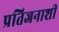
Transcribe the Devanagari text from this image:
प्रतिजनाशी